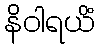
နိဝါရယိံ